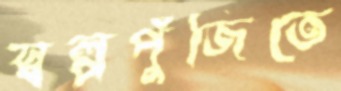
স্বল্পপুঁজিতে